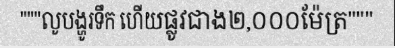
"""លូបង្ហូរទឹក ហើយផ្លូវជាង២,០០០ម៉ែត្រ"""